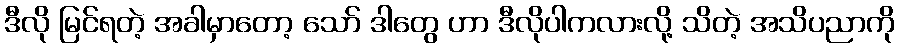
ဒီလို မြင်ရတဲ့ အခါမှာတော့ သော် ဒါတွေ ဟာ ဒီလိုပါကလားလို့ သိတဲ့ အသိပညာကို